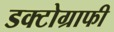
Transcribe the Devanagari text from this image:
डक्टोग्राफी